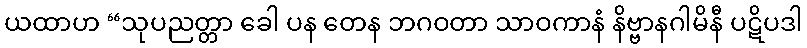
ယထာဟ “သုပညတ္တာ ခေါ ပန တေန ဘဂဝတာ သာဝကာနံ နိဗ္ဗာနဂါမိနီ ပဋိပဒါ